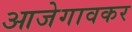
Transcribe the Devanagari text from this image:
आजेगावकर